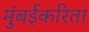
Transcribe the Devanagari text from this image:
मुंबईकरिता